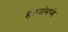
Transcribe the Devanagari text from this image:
हरणांमध्ये